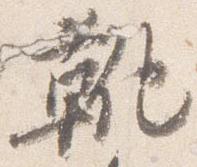
靴